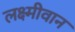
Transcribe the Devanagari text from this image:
लक्ष्मीवान